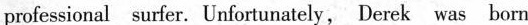
professional surfer. Unfortunately, Derek was born